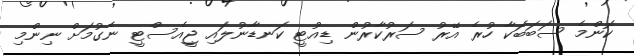
ކޮންމެ ސަބަބަކާ ހުރެ އޭރު ސަރުކާރުން ޑިއުޓީ ކަނޑާނުލައި ޖީއެސްޓީ ނެގުމަށް ނިންމި